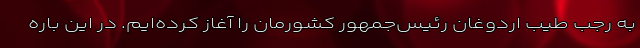
به رجب طیب اردوغان رئیس‌جمهور کشورمان را آغاز کرده‌ایم. در این باره